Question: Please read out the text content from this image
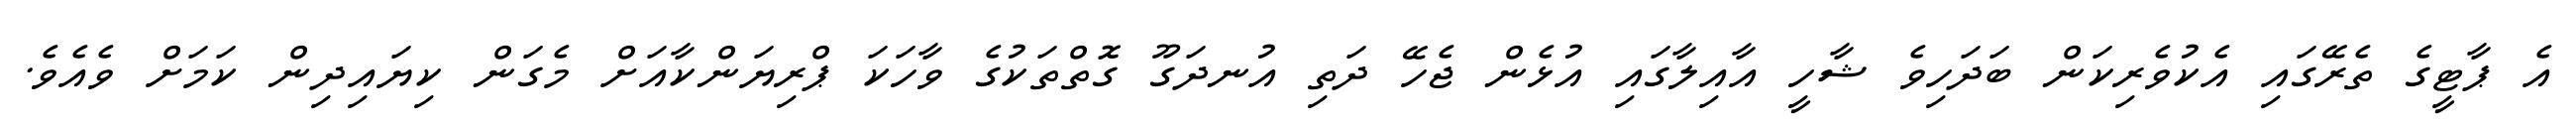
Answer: އެ ޕާޓީގެ ތެރޭގައި އެކުވެރިކަން ބަދަހިވެ ޝާހީ އާއިލާގައި އުޅެން ޖެހޭ ދަތި އުނދަގޫ ގޮތްތަކުގެ ވާހަކަ ޕްރިޔަންކާއަށް މެގަން ކިޔައިދިން ކަމަށް ވެއެވެ.